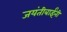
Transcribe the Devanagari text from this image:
जयंतीबाईंनी